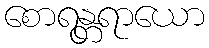
စောရန္တရာယော